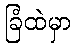
ခြံထဲမှာ